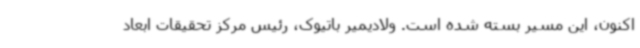
اکنون، این مسیر بسته شده است. ولادیمیر باتیوک، رئیس مرکز تحقیقات ابعاد